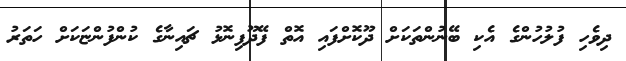
ދިވެހި ފުލުހުންގެ އެކި ބޭނުންތަކަށް ދޫކޮށްފައި އޮތް ފޭދޫފިނޮޅު ޗައިނާގެ ކުންފުންޏަކަށް ހަތަރު